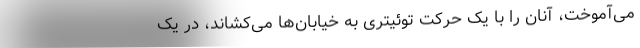
می‌آموخت، آنان را با یک حرکت توئیتری به خیابان‌ها می‌کشاند، در یک